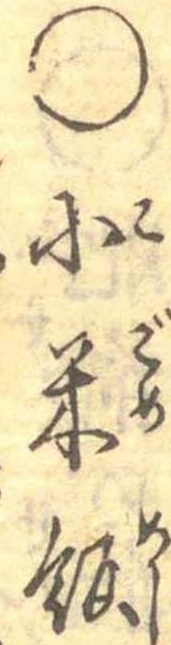
○小米飯